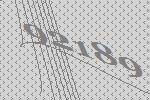
92189